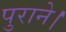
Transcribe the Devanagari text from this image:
पुराने।